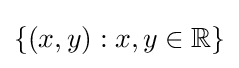
\{(x,y):x,y\in \mathbb {R} \}